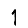
Digit: 1